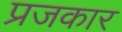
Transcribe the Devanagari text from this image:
प्रजकार